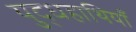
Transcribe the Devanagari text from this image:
युद्धहाथियाँ